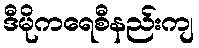
ဒီမိုကရေစီနည်းကျ